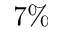
7 \%